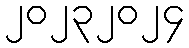
၂၀၂၃၂၀၂၄